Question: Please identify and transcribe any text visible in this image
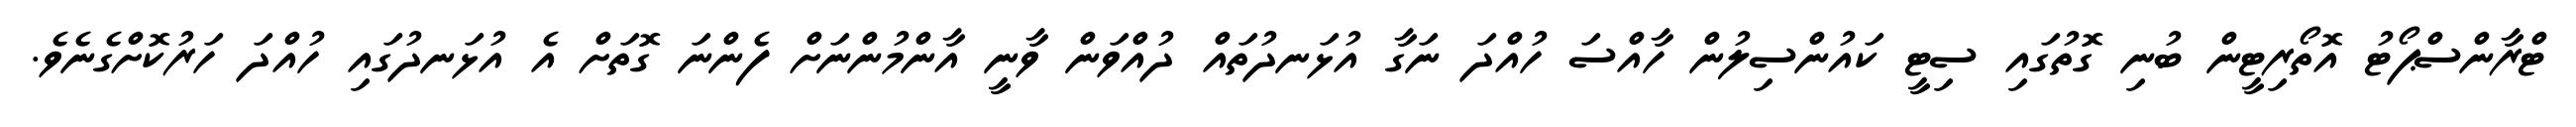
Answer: ޓްރާންސްޕޯޓު އޮތޯރިޓީން ބުނި ގޮތުގައި ސިޓީ ކައުންސިލުން ހާއްސަ ހުއްދަ ނަގާ އުޅަނދުތައް ދުއްވަން ވާނީ އާންމުންނަށް ފެންނަ ގޮތަށް އެ އުޅަނދުގައި ހުއްދަ ހަރުކޮށްގެނެވެ.